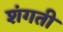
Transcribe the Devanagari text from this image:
शंगती